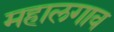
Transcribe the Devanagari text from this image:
महालगाव